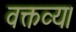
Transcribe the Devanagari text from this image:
वक्तव्य।